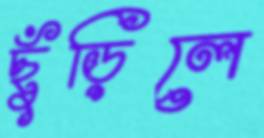
ছুঁড়িলে